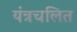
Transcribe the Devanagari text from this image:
यंत्रचलित